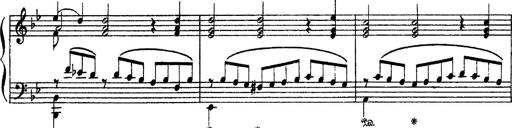
Title: Sarabande und Chaconne aus dem Singspiel
Composer: Franz Liszt